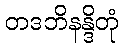
တဒဘိနန္ဒိတုံ